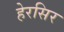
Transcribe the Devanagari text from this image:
हेरसिर